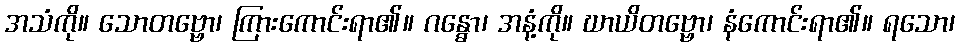
အသံကို။ သောတဗ္ဗော၊ ကြားကောင်းရာ၏။ ဂန္ဓော၊ အနံ့ကို။ ဃာယိတဗ္ဗော၊ နံကောင်းရာ၏။ ရသော၊